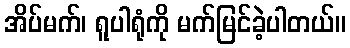
အိပ်မက်၊ ရူပါရုံကို မက်မြင်ခဲ့ပါတယ်။